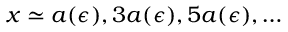
x \simeq a ( \epsilon ) , 3 a ( \epsilon ) , 5 a ( \epsilon ) , \ldots